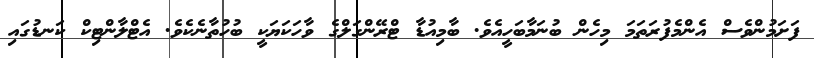
ފަށަމުންވެސް އެންމެފުރަތަމަ މިހެން ބުނަމާބަހީއެވެ. ބާމިއުޑާ ޓްރޭންގަލްގެ ވާހަކަޔަކީ ބުހުތާނެކެވެ. އެޓްލާންޓިކް ކަނޑުގައި